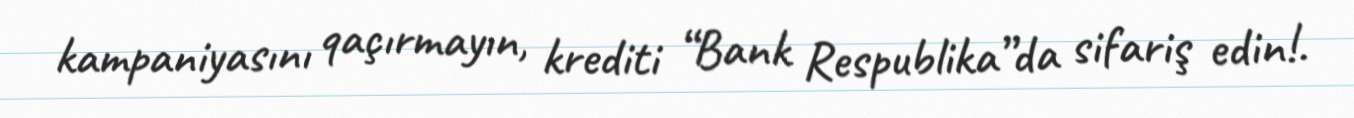
kampaniyasını qaçırmayın, krediti “Bank Respublika”da sifariş edin!.